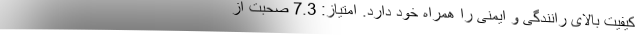
کیفیت بالای رانندگی و ایمنی را همراه خود دارد. امتیاز: 7.3 صحبت از